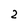
Character: 2